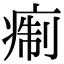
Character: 痸